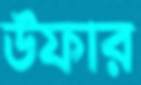
উফার